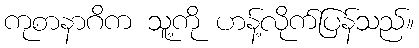
ကုစာနာဂိက သူ့ကို ဟန့်လိုက်ပြန်သည်။